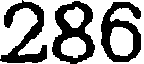
286